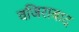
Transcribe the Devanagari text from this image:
वजिराबाद